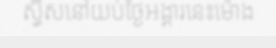
ស្វ៊ីសនៅយប់ថ្ងៃអង្គារនេះម៉ោង